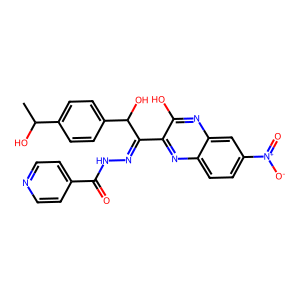
SMILES: CC(O)c1ccc(C(O)C(=NNC(=O)c2ccncc2)c2nc3ccc([N+](=O)[O-])cc3nc2O)cc1
Inhibits HIV replication: No